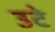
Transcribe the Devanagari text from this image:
उटे